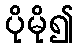
ပိုမို၍